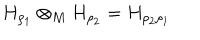
LaTeX: H _ { \rho _ { 1 } } \otimes _ { M } H _ { \rho _ { 2 } } = H _ { \rho _ { 2 } \rho _ { 1 } }